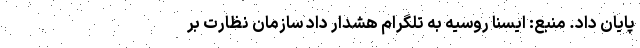
پایان داد. منبع: ایسنا روسیه به تلگرام هشدار داد سازمان نظارت بر